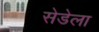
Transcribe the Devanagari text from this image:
सेडेला